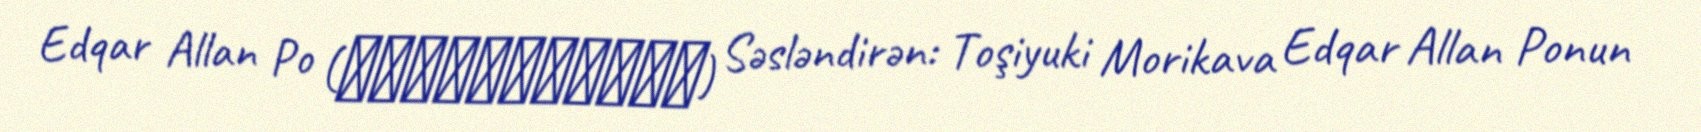
Edqar Allan Po (エドガー・アラン・ポオ) Səsləndirən: Toşiyuki Morikava Edqar Allan Ponun